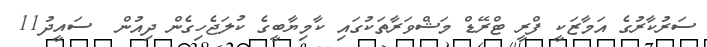
ސަރުކާރުގެ އަމާޒަކީ ފްރީ ޓްރޭޑް މަޝްވަރާތަކުގައި ކާމިޔާބީގެ ކުލަޖެހިގެން ދިއުން  ސައީދު11